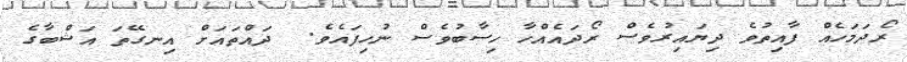
ރޯދަމަހެއް ފާއިތުވެ ދިޔައިރުވެސް ރޯދައެއްހާ ހިސާބުވެސް ނުހިފައެވެ.  ދައްތައަށް އިނގޭތަ އަޝްބާގެ